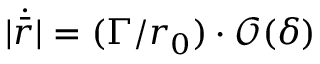
| \dot { \bar { r } } | = ( \Gamma / r _ { 0 } ) \cdot \mathcal { O } ( \delta )